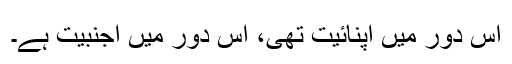
اُس دور میں اپنائیت تھی، اِس دور میں اجنبیت ہے۔